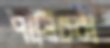
পানিচরা